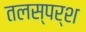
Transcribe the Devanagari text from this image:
तलस्पर्श